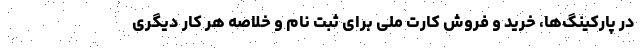
در پارکینگ‌ها، خرید و فروش کارت ملی برای ثبت نام و خلاصه هر کار دیگری